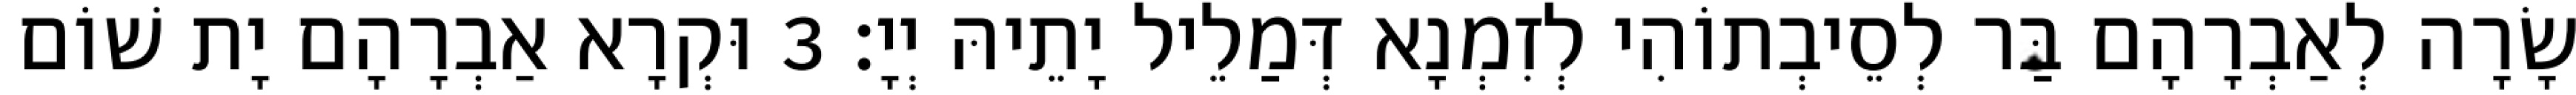
שָׂרָה לְאַבְרָהָם בַּר לְסֵיבְתוֹהִי לְזִמְנָא דְּמַלֵיל יָתֵיהּ יְיָ׃ 3 וּקְרָא אַבְרָהָם יָת שׁוֹם